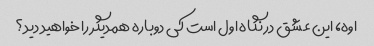
اوه، این عشق در نگاه اول است کی دوباره همدیگر را خواهید دید؟